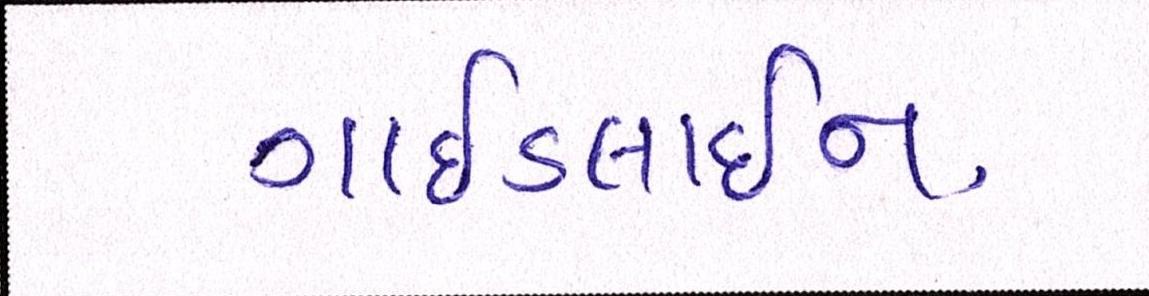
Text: ગાઈડલાઈન